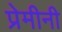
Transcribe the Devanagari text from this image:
प्रेमीनी